Medical and sanitary report of the native army of Bengal for the year
Year: 1875
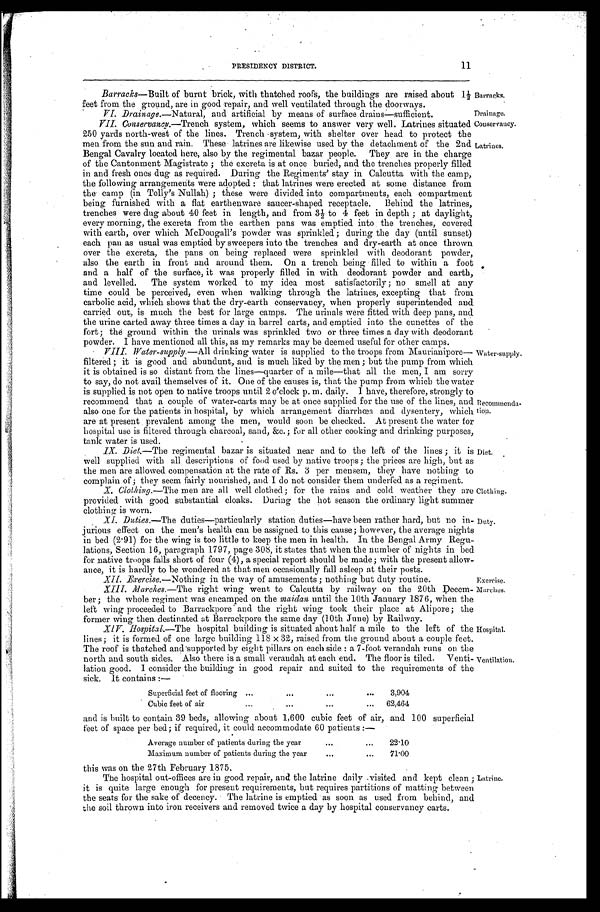
Barracks.
Drainage.
Conservancy.
Latrines.
Water-supply.
Recommenda-
tion.
Exercise.
Marche
Hospital.
Ventilation.
P RES I DENCY DI S TRI CT. 1 1
Barracks—Built of burnt brick, with thatched roofs, the buildings are raised about 1½
feet from the ground. are in good repair, and well ventilated through the doorways.
VI. Drainage.—Natural, and artificial by means of surface drains—sufficient.
VII. Conservancy.—Trench system, which seems to answer very well. Latrines situated
250 yards north-west of the lines. Trench system, with shelter over head to protect the
men from the sun and rain. These latrines are likewise used by the detachment of the 2nd
Bengal Cavalry located here, also by the regimental bazar people. They are in the charge
of the Cantonment Magistrate; the excreta is at once buried, and the trenches properly filled
in and fresh ones dug as required. During the Regiments' stay in Calcutta with the camp,
the following arrangements were adopted: that latrines were erected at some distance from
the camp (in Tolly's Nullah); these were divided into compartments, each compartment
being furnished with a flat earthenware saucer-shaped receptacle. Behind the latrines,
trenches were dug about 40 feet in length, and from 3½ to 4 feet in depth; at daylight,
every morning, the excreta from the earthen pans was emptied into the trenches, covered
with earth, over which McDougall's powder was sprinkled; during the day (until sunset)
each pan as usual was emptied by sweepers into the trenches and dry-earth at once thrown
over the excreta, the pans on being replaced were sprinkled with deodorant powder,
also the earth in front and around them. On a trench being filled to within a foot
and a half of the surface, it was properly filled in with deodorant powder and earth
, a n d l e v e l l e d . T h e s y s t e m w o r k e d t o m y i d e a m o s t s a t i s f a c t o r i l y ; n o s m e l l a t a n y
time could be perceived, even when walking through the latrines, excepting that from
carbolic acid, which shows that the dry-earth conservancy, when properly superintended and
carried out, is much the best for large camps. The urinals were fitted with deep pans, and
the urine carted away three times a day in barrel carts, and emptied into the cunettes of the
fort; the ground within the urinals was sprinkled two or three times a day with deodorant
Powder. I have ment i oned al l t hi s, as my remarks may he deemed useful for ot her camps.
VII Water-supply.—All drinking water is supplied to the troops from Maurianipore—
filtered; it is good and abundunt, and is much liked by the men; but the pump from which
it is obtained is so distant from the lines—quarter of a mile—that all the men, I am sorry
to say, do not avail themselves of it. One of the causes is, that the pump from which the water
is supplied is not open to native troops until 2 o'clock p. m. daily. I have, therefore, strongly to
recommend that a couple of water-carts may be at once supplied for the use of the lines, and
also one for the patients in hospital, by which arrangement diarrhœa and dysentery, which
are at present prevalent among the men, would soon be checked. At present the water for
hospital use is filtered through charcoal, sand, &c.; for all other cooking and drinking purposes,
tank water is used.
IX. Diet.—The regimental bazar is situated near and to the left of the lines; it
is well supplied with all descriptions of food used by native troops; the prices are high, but as
the men are allowed compensation at the rate of Rs. 3 per mensem, they have nothing to
complain of; they seem fairly nourished, and I do not consider them underfed as a regiment.
X. Clothing.—The men are all well clothed; for the rains and cold weather they are Clothing.
provided with good substantial cloaks. During the hot season. the ordinary light summer
clothing is worn.
XI. Duties.—The duties—particularly station duties—have been rather hard, but no in-
jurious effect on the men's health can be assigned to this cause; however, the average nights
in bed (2. 91) for the wing is too little to keep the men in health. In the Bengal Army Regu
-lations, Section 16, paragraph 1797, page 308, it states that when the number of nights in bed
for native troops falls short of four (4), a special report should be made; with the present allow-
ance, it is hardly to be wondered at that men occasionally fall asleep at their posts.
Diet.
Duty.
XII. Exercise.—Nothing in the way of amusements: nothing but duty routine.
X XIII. Marches.—The right wing went to Calcutta by railway on the 20th Decem-
ber; the whole regiment was encamped on the maidan until the 10th January 1876, when the
left wing proceeded to Barrackpore and the right wing took their place at Alipore; the
former wing then destinated at Barrackpore the same day (10th June) by Railway.
XI V. Hospital.—The hospital building is situated about half a mile to the left of the
lines; it is formed of one large building 118 x 32, raised from the ground about a couple feet.
The roof is thatched and supported by eight pillars on each side: a 7-foot verandah runs on the
north and south sides. Also there is a small verandah at each end. The floor is tiled. Venti
- l a t i o n g o o d . I c o n s i d e r t h e b u i l d i n g i n g o o d r e p a i r a n d s u i t e d t o t h e r e q u i r e m e n t s o f t h e
sick. It contains:—
Superficial feet of flooring
3,904
Cubic feet of air
.62,464
and is built to contain 39 beds, allowing about 1,600 cubic feet of air, and 100 superficial
feet of space per bed; if required, it could accommodate 60 patients:—
Average number of patients during the year..
22.10
Maximum number of patients during the year
7 1 . 0 0
this was on the 27th February 1875.
The hospital out-offices are in good repair, and the latrine daily visited and kept clean;
it is quite large enough for present requirements, but requires partitions of matting between
the seats for the sake of decency. The latrine is emptied as soon as used from behind, and
the soil thrown into iron receivers and removed twice a day by hospital conservancy carts.
Latrine.